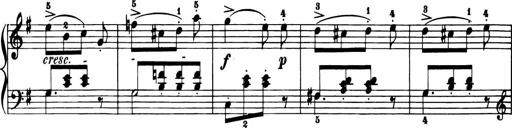
Title: 11 Sonatinas for Piano Solo
Composer: Anton Diabelli